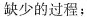
缺少的过程；